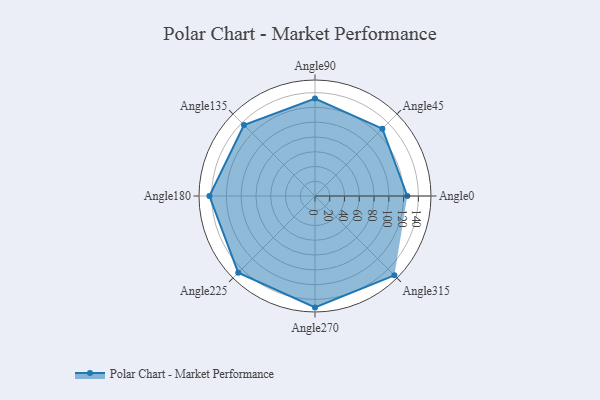
{"axis": {"x": "Angle", "y": "Radius"}, "legend": [""], "data": [{"x": "Angle0", "y": 125.0, "type": ""}, {"x": "Angle45", "y": 129.0, "type": ""}, {"x": "Angle90", "y": 132.0, "type": ""}, {"x": "Angle135", "y": 136.0, "type": ""}, {"x": "Angle180", "y": 143.0, "type": ""}, {"x": "Angle225", "y": 147.0, "type": ""}, {"x": "Angle270", "y": 151.0, "type": ""}, {"x": "Angle315", "y": 152.0, "type": ""}]}